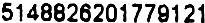
5148826201779121